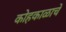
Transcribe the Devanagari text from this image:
कोहकाळाचे